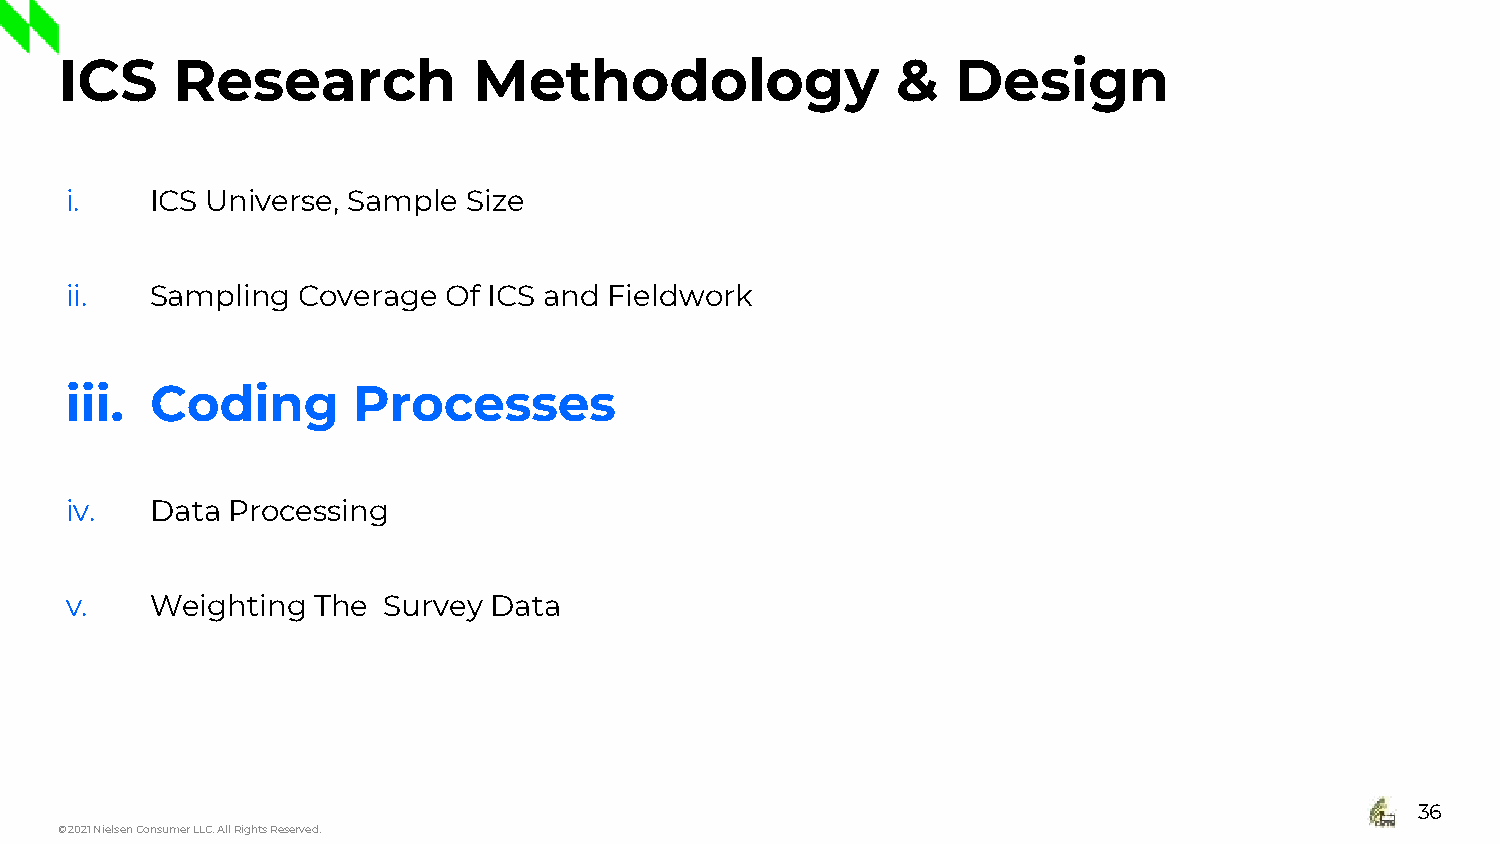
ICS    Research            Methodology                 &   Design
 i.    ICS Universe, Sample Size
 ii.   Sampling  Coverage  Of ICS and Fieldwork
 iii.  Coding       Processes
 iv.   Data Processing
 v.    Weighting  The Survey Data
 36
 © 2021 Nielsen Consumer LLC. All Rights Reserved.